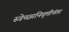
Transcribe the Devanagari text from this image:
स्वेच्छानिवृत्तीनंतर